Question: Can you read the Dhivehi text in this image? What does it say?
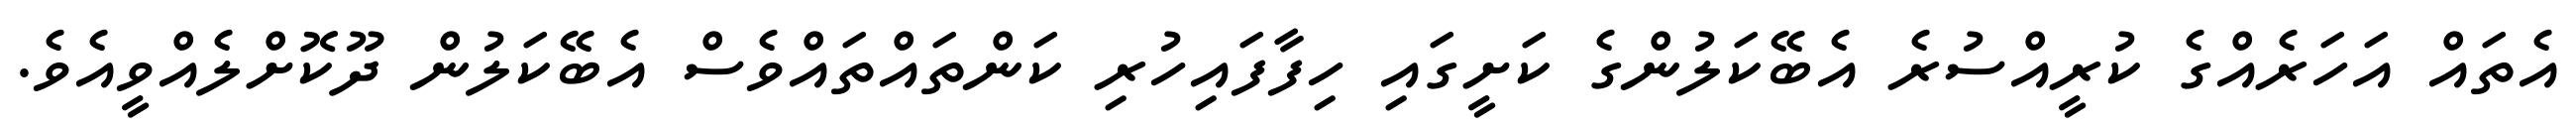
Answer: އެތައް އަހަރެއްގެ ކުރީއްސުރެ އެބޭކަލުންގެ ކަށީގައި ހިފާފައިހުރި ކަންތައްތައްވެސް އެބޭކަލުން ދޫކޮށްލެއްވީއެވެ.